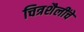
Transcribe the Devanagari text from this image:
चित्रशैलींचे